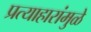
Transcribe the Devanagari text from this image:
प्रत्याहारांमुळे